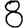
Digit: 8